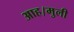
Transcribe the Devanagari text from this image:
आह।मुली